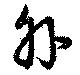
外